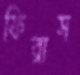
ফিরাস